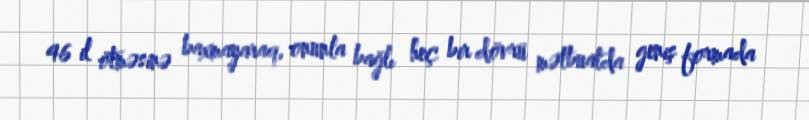
46 il ötməsinə baxmayaraq, onunla bağlı heç bir dövrü mətbuatda geniş formada